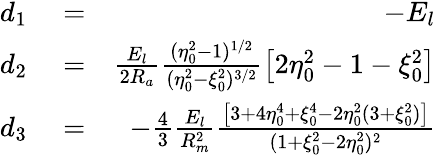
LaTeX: \begin{array}{rlr}{d_{1}}&{{}=}&{-E_{l}}\\ {d_{2}}&{{}=}&{\frac{E_{l}}{2R_{a}}\frac{(\eta_{0}^{2}-1)^{1/2}}{(\eta_{0}^{2}-\xi_{0}^{2})^{3/2}}\left[2\eta_{0}^{2}-1-\xi_{0}^{2}\right]}\\ {d_{3}}&{{}=}&{-\frac{4}{3}\frac{E_{l}}{R_{m}^{2}}\frac{\left[3+4\eta_{0}^{4}+\xi_{0}^{4}-2\eta_{0}^{2}(3+\xi_{0}^{2})\right]}{(1+\xi_{0}^{2}-2\eta_{0}^{2})^{2}}}\end{array}